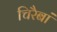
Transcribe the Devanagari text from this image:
चिरैबां